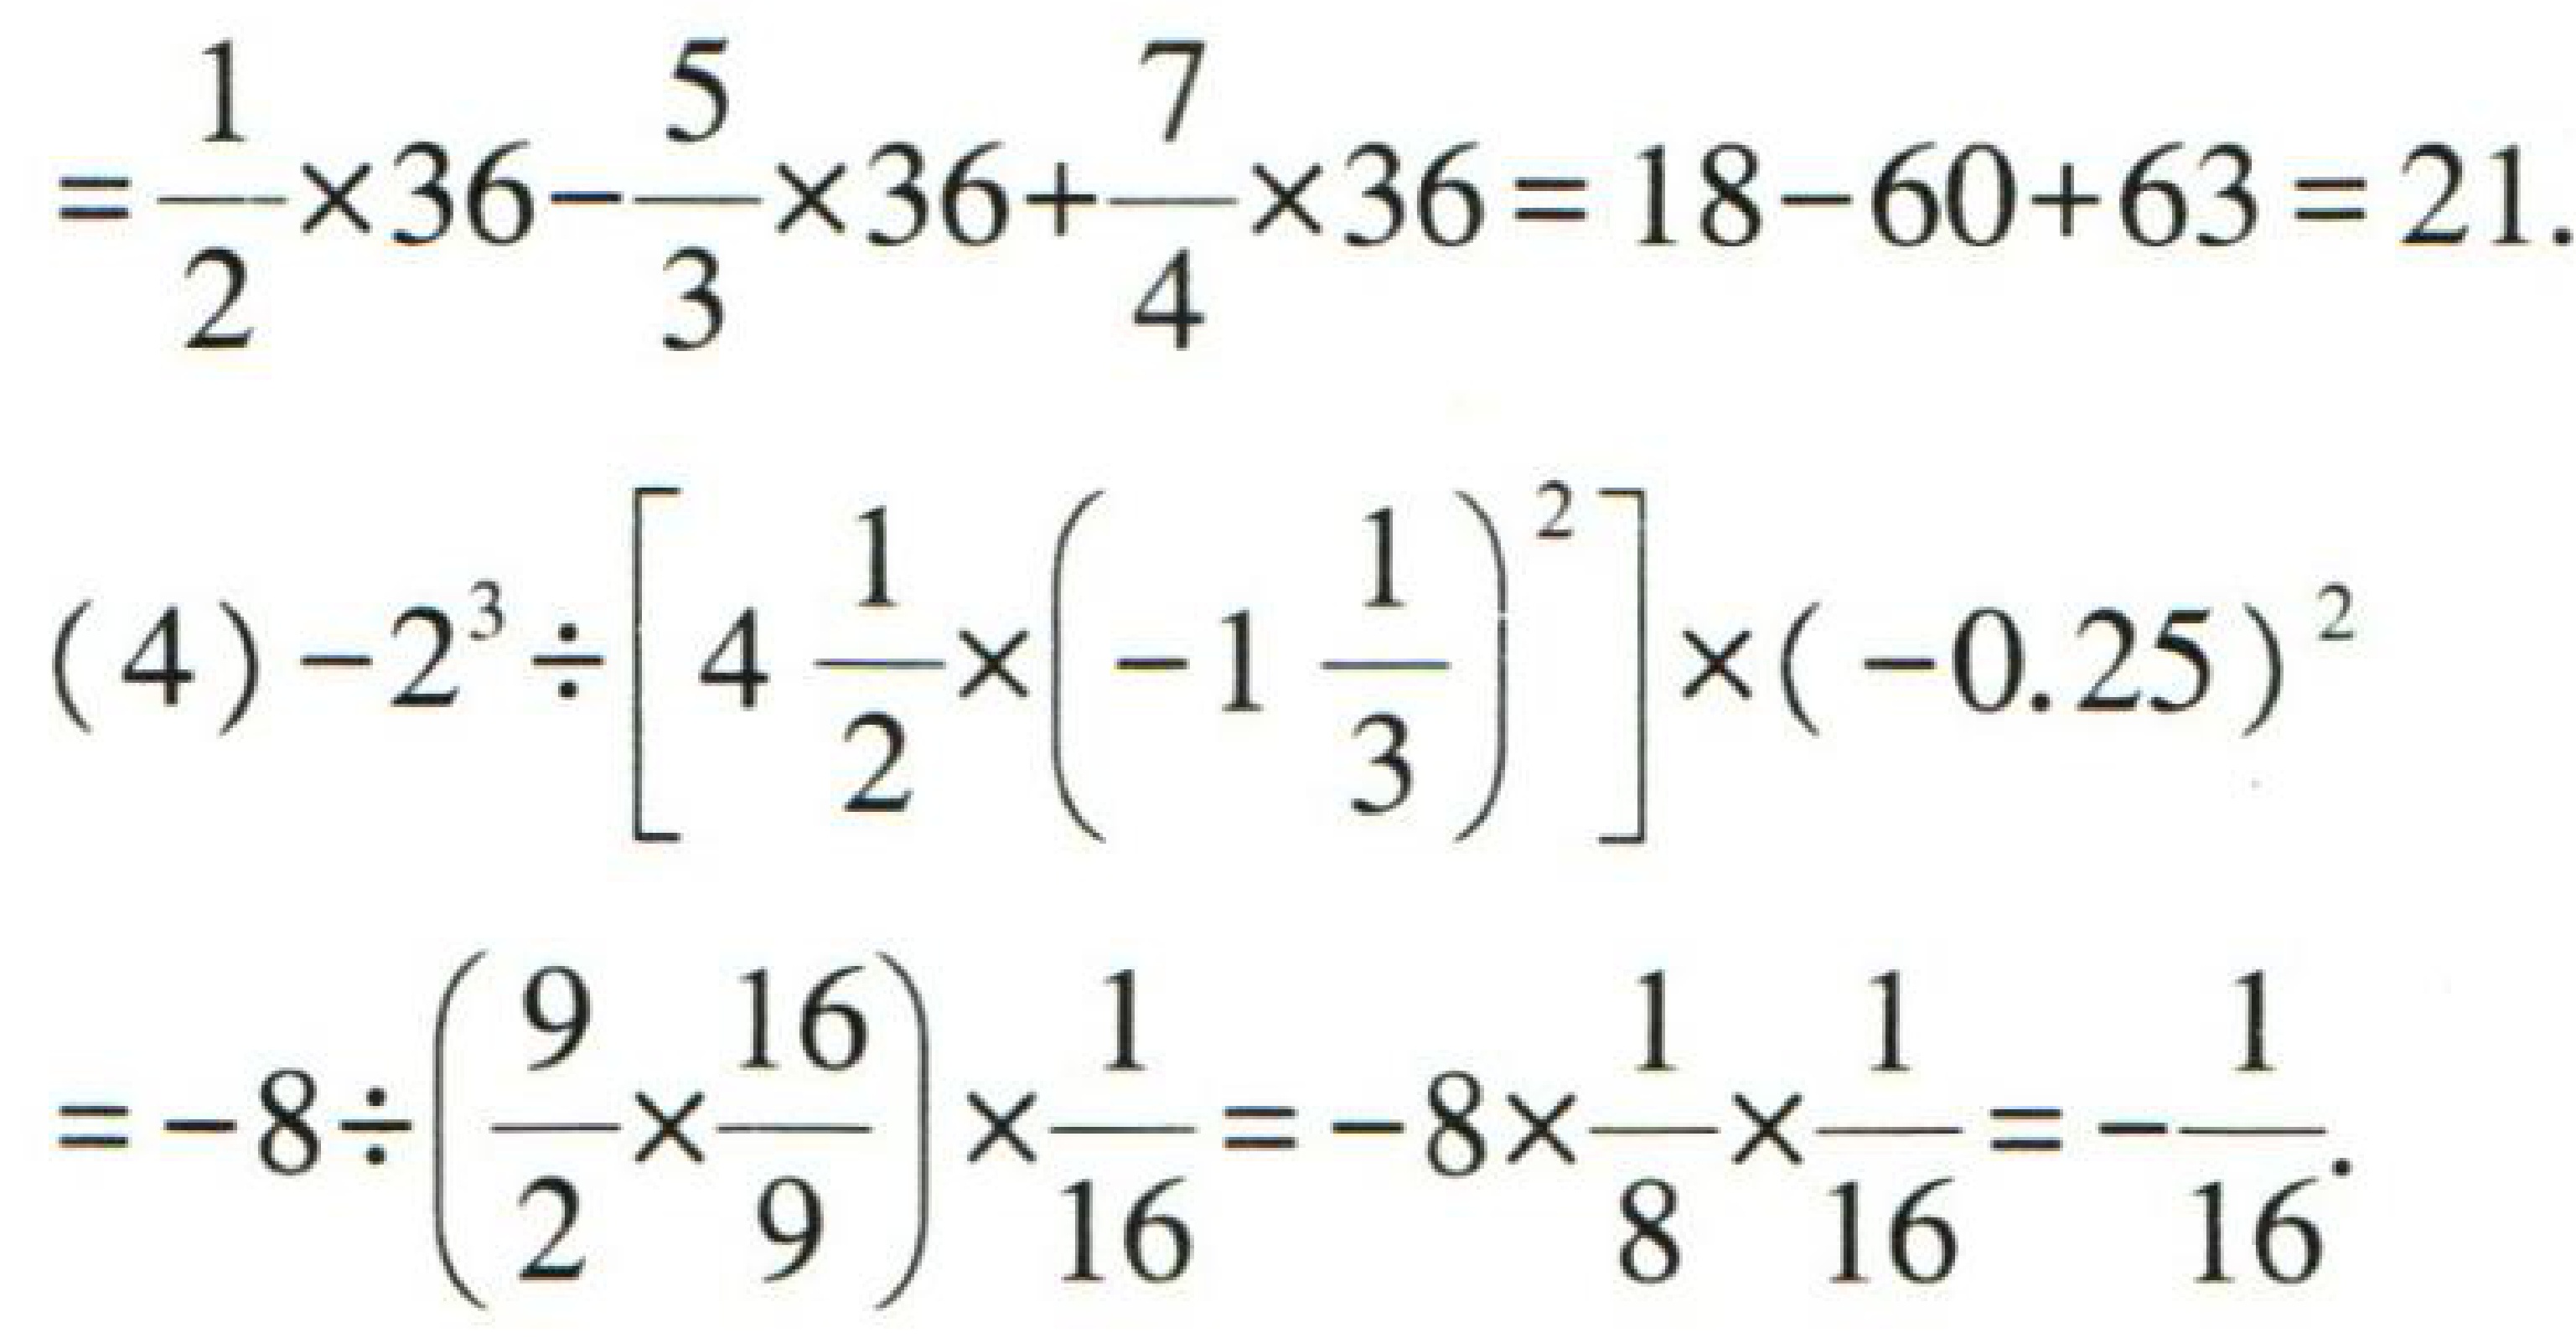
\[
\begin{align*}
&=\frac{1}{2}\times36 - \frac{5}{3}\times36+\frac{7}{4}\times36 = 18 - 60 + 63 = 21.\\
(4)&-2^{3}\div\left[4\frac{1}{2}\times\left(-1\frac{1}{3}\right)^{2}\right]\times(-0.25)^{2}\\
&=-8\div\left(\frac{9}{2}\times\frac{16}{9}\right)\times\frac{1}{16}=-8\times\frac{1}{8}\times\frac{1}{16}=-\frac{1}{16}.
\end{align*}
\]